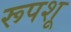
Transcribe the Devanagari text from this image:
रूपशू